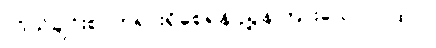
ကိုယ်ချင်းစာတရားရှိစေရန် ညွှန်ကြားသော ဂါထာ။